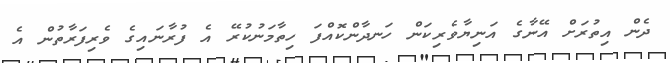
ދެން އިތުރަށް އޭނާގެ އަނިޔާވެރިކަން ހަނދާންކޮއްފަ ހިތާމަނުކުރޭ އެ ފުރާނައިގެ ވެރިފަރާތުން އެ